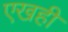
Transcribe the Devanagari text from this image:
एखही